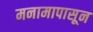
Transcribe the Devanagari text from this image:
मनामापासून